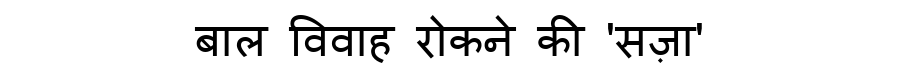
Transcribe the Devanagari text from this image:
बाल विवाह रोकने की 'सज़ा'